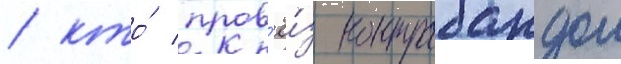
/ кто́ пров'ё́з контрабандои